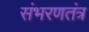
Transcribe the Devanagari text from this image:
संभरणतंत्र